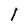
Character: l